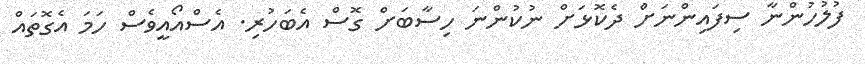
ފުލުހުންނާ ސިފައިންނަށް ދެކޮޅަށް ނުކުންނަ ހިސާބަށް ގޮސް އެބަހުރި. އެސްއޯއީވެސް ހަމަ އެގޮތައް